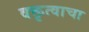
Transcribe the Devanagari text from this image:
वक्तृत्वाचा